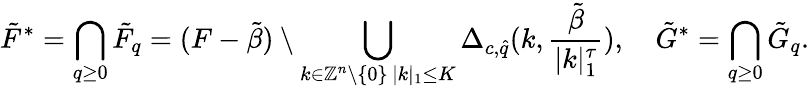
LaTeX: \tilde{F}^{*}=\bigcap_{q\geq 0}\tilde{F}_{q}=(F-\tilde{\beta})\setminus\bigcup_{\substack{k\in\mathbb{Z}^{n}\setminus\{ 0\} \, |k|_{1}\leq K}}\Delta_{c,\hat{q}}(k,\frac{\tilde{\beta}}{|k|_{1}^{\tau}}),\quad\tilde{G}^{*}=\bigcap_{q\geq 0}\tilde{G}_{q}.